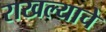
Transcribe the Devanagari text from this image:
राखल्याचे